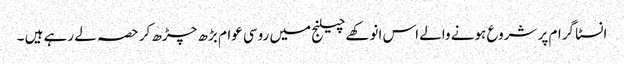
انسٹا گرام پر شروع ہونے والے اس انوکھےچیلنج میں روسی عوام بڑھ چڑھ کر حصہ لے رہے ہیں ۔